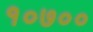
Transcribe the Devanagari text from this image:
१०७००